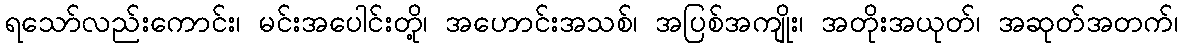
ရသော်လည်းကောင်း၊ မင်းအပေါင်းတို့၊ အဟောင်းအသစ်၊ အပြစ်အကျိုး၊ အတိုးအယုတ်၊ အဆုတ်အတက်၊